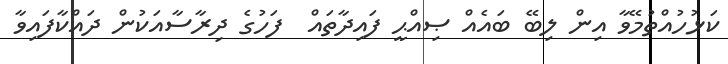
ކަޅުހުއްތުމޭވާ އިން ލިބޭ ބައެއް ޞިއްޙީ ފައިދާތައް  ފަހުގެ ދިރާސާއަކުން ދައްކާފައިވާ